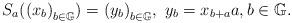
LaTeX: \begin{align*}S_a({(x_b)}_{b\in \mathbb{G}})={(y_b)}_{b\in \mathbb{G}},\ y_b=x_{b+a}a,b\in \mathbb{G}.\end{align*}